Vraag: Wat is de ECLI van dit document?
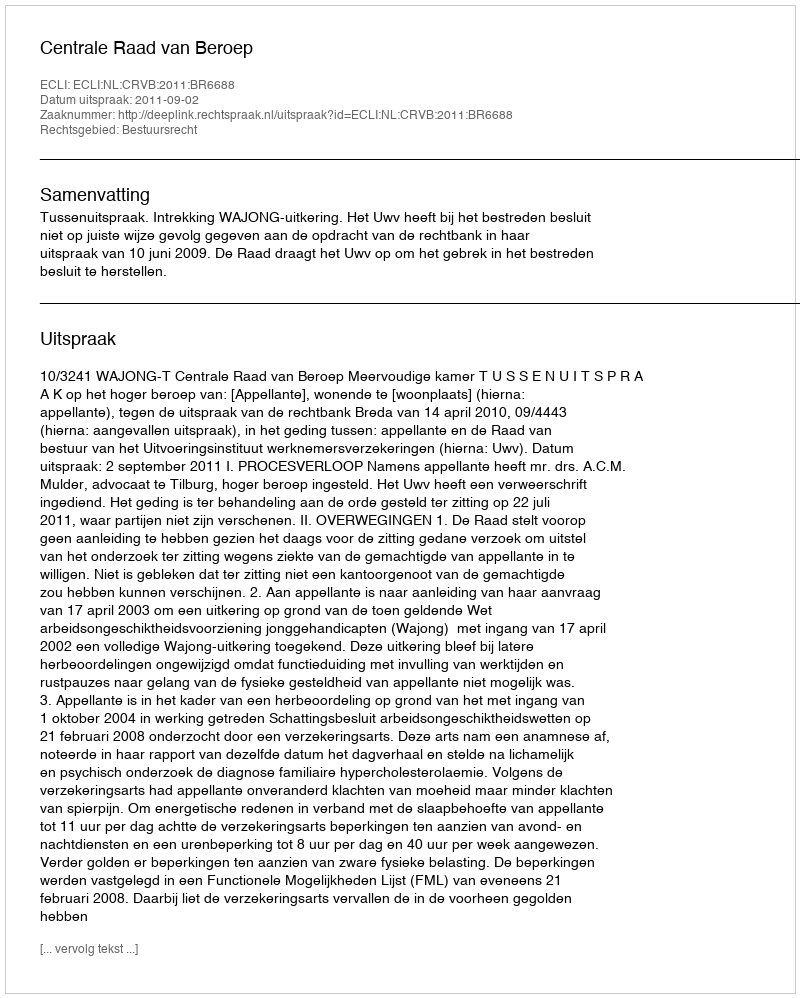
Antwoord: ECLI:NL:CRVB:2011:BR6688